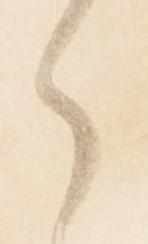
候